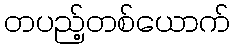
တပည့်တစ်ယောက်